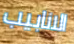
الانابيب